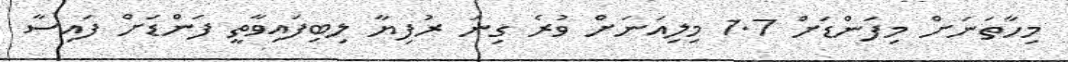
މިހާތަނަށް މިފަންޑަށް 1.7 މިލިއަނަށް ވުރެ ގިނަ ރުފިޔާ ލިބިފައިވާތީ ފަންޑަށް ފައިސާ